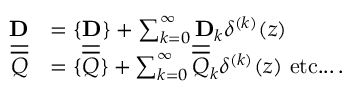
\begin{array} { r l } { \mathbf { D } } & { = \{ \mathbf { D } \} + \sum _ { k = 0 } ^ { \infty } \mathbf { D } _ { k } \delta ^ { ( k ) } ( z ) } \\ { \overline { { \overline { { Q } } } } } & { = \{ \overline { { \overline { { Q } } } } \} + \sum _ { k = 0 } ^ { \infty } \overline { { \overline { { Q } } } } _ { k } \delta ^ { ( k ) } ( z ) \, \, \mathrm { e t c . . . } \, . } \end{array}